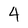
Character: 4